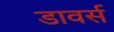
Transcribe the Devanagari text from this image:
डावर्स